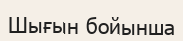
Шығын бойынша